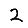
Digit: 2